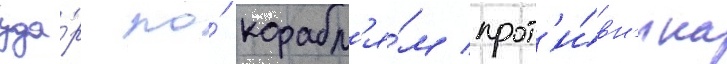
уда́р по́ корабл'я́м прот'и́вн'ика